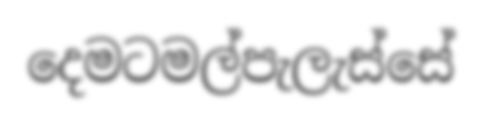
දෙමටමල්පැලැස්සේ